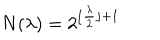
N ( \lambda ) = 2 ^ { \lfloor \frac { \lambda } { 2 } \rfloor + 1 }